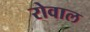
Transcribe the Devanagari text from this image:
रोवाल